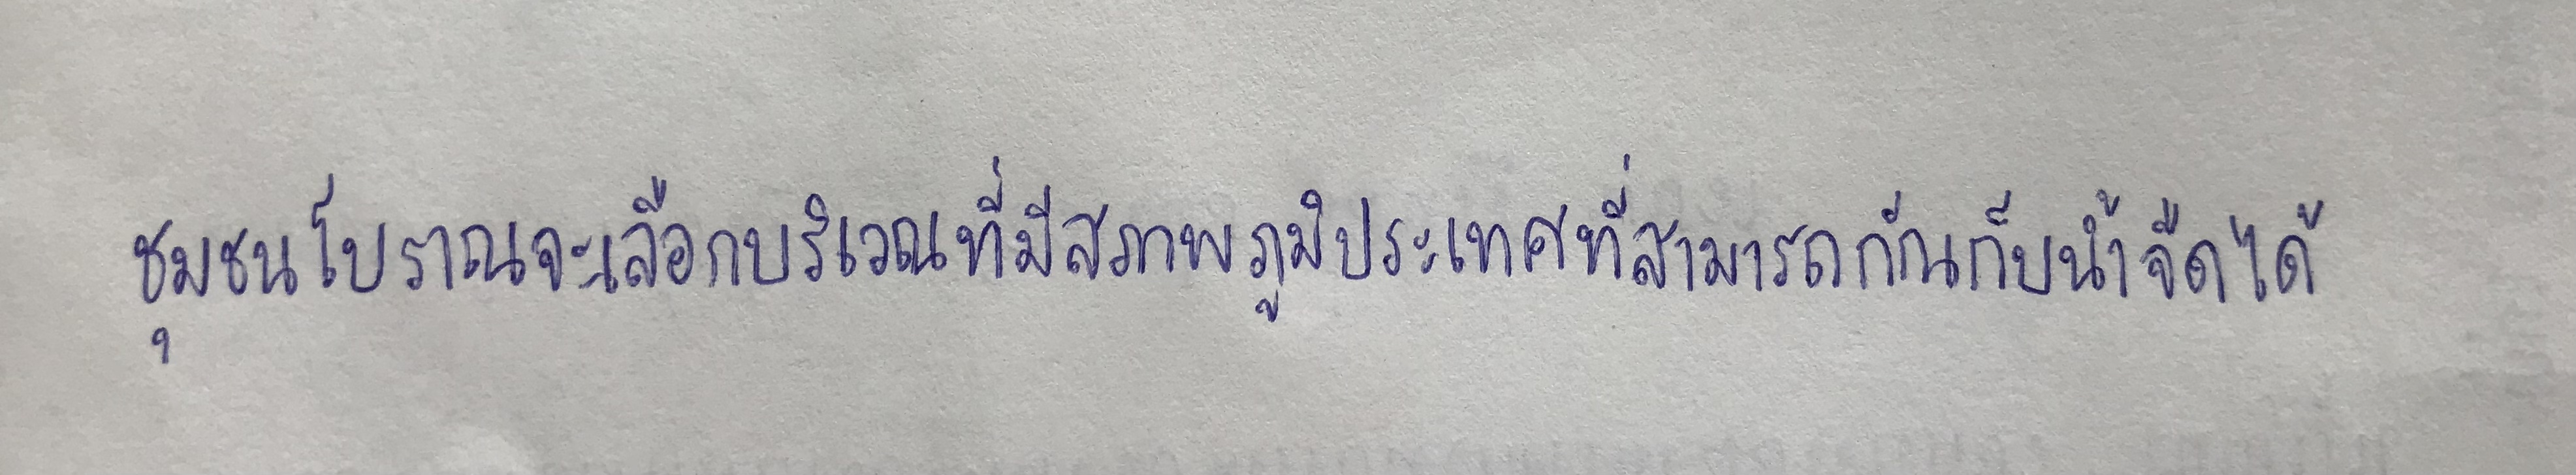
ชุมชนโบราณจะเลือกบริเวณที่มีสภาพภูมิประเทศที่สามารถกักเก็บน้ำจืดได้